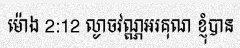
ម៉ោង 2:12 ល្ងាចវណ្ណអរគុណ ខ្ញុំបាន